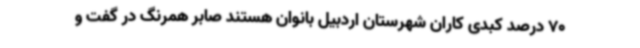
70 درصد کبدی کاران شهرستان اردبیل بانوان هستند صابر همرنگ در گفت و